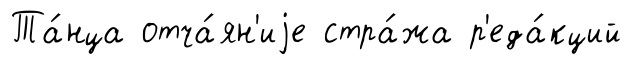
Та́нца отча́ян'иjе стра́жа р'еда́кций